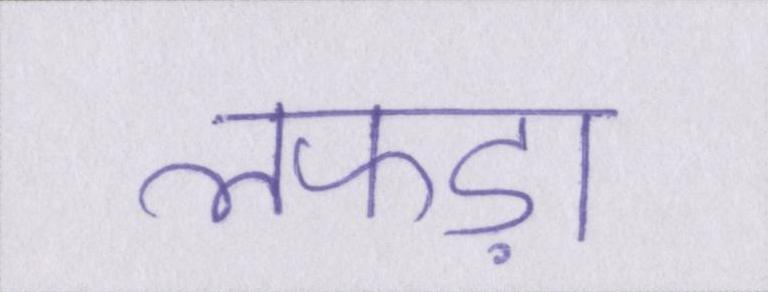
लफड़ा